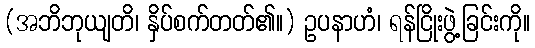
(အဘိဘုယျတိ၊ နှိပ်စက်တတ်၏။) ဥပနာဟံ၊ ရန်ငြိုးဖွဲ့ခြင်းကို။